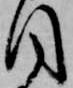
目